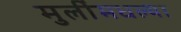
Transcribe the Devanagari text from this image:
मुलींमधल्या